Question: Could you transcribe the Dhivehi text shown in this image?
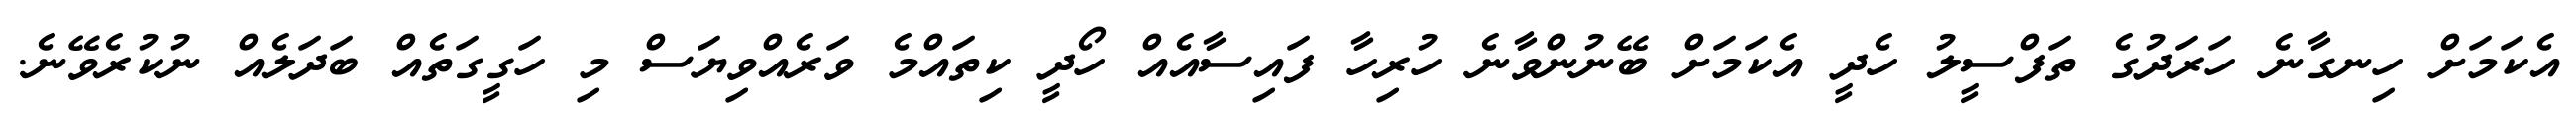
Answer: އެކަމަށް ހިނގާނެ ހަރަދުގެ ތަފްސީލު ހެދީ އެކަމަށް ބޭނުންވާނެ ހުރިހާ ފައިސާއެއް ހޯދީ ކިތައްމެ ވަރެއްވިޔަސް މި ހަގީގަތެއް ބަދަލެއް ނުކުރެވޭނެ.